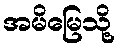
အမိမြေသို့